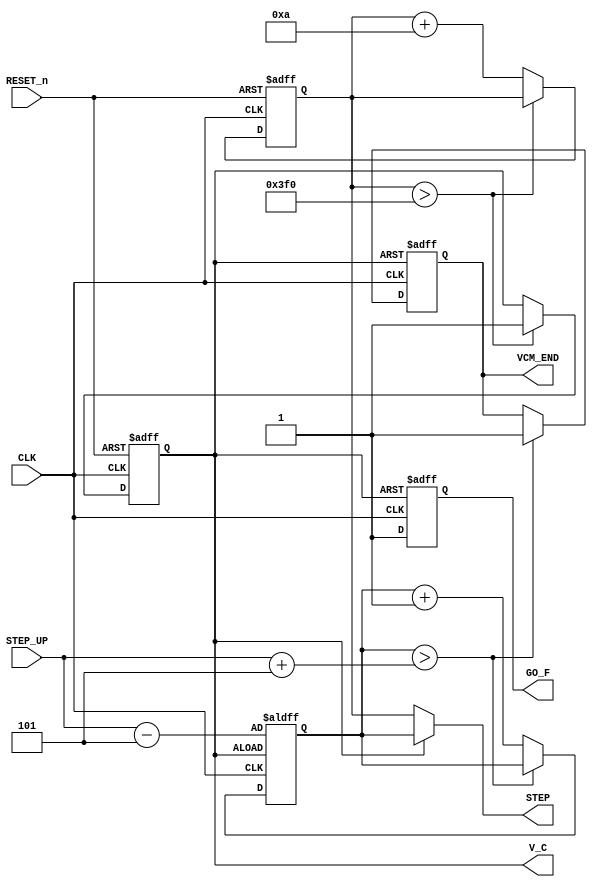
module F_VCM  ( 
input RESET_n ,
input CLK  , 
output [10:0]STEP,
input  [9:0] STEP_UP , 
output reg V_C ,
output reg VCM_END  ,
output reg GO_F 


) ; 
reg [10:0]STEP_i;
reg [10:0]STEP_f;

parameter SCAL   = 8'd10 ; 
parameter SCAL_f = 8'd1 ; 

//---step out 
assign STEP = ( !V_C )? STEP_i  :STEP_f ; 

//---------------------------------------initial setting
reg [9:0] STP_I ; 
always @( negedge RESET_n  or posedge CLK )  
 begin 
 if (!RESET_n )  begin 
     V_C <=0 ; 
	  STEP_i <= 0; 
 end 
  else  begin 
		if    (STEP_i  > 11'h3f0 )
		       V_C <=1 ; 
	   else   STEP_i <= STEP_i + SCAL ;  
    end 
 end 

 
//----------------------------------------fine-adjustment
always @( negedge V_C  or posedge CLK )  
 begin 
 if (!V_C )  begin 
	  STEP_f  <= STEP_UP- SCAL/2; 
	  VCM_END <= 0; 	  
	  GO_F  <=0; 
 end 
  else  begin 
      GO_F  <=1; 
		if    (STEP_f  >  STEP_UP + SCAL/2   )
		       VCM_END <=1 ; 
	   else   STEP_f <= STEP_f + SCAL_f;  //10
    end 
 end 

endmodule